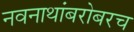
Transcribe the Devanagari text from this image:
नवनाथांबरोबरच